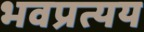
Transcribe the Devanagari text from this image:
भवप्रत्यय